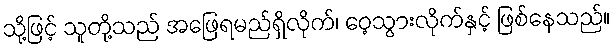
သို့ဖြင့် သူတို့သည် အဖြေရမည်ရှိလိုက်၊ ဝေ့သွားလိုက်နှင့် ဖြစ်နေသည်။